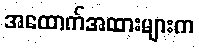
အထောက်အထားများက